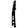
Digit: 1